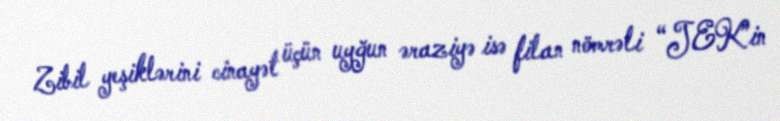
Zibil yeşiklərini cinayət üçün uyğun əraziyə isə filan nömrəli “JEK”in